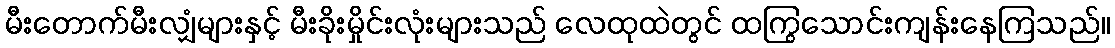
မီးတောက်မီးလျှံများနှင့် မီးခိုးမှိုင်းလုံးများသည် လေထုထဲတွင် ထကြွသောင်းကျန်းနေကြသည်။